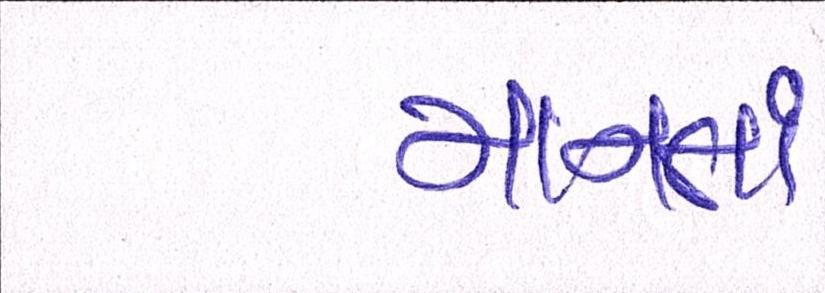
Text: માનતાં